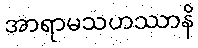
အာရာမသဟဿာနိ